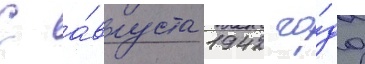
С а́вгуста 1942 го́да